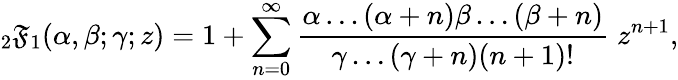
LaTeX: {}_{2}\mathfrak{F}_{1}(\alpha,\beta;\gamma;z)=1+\sum_{n=0}^{\infty}\frac{{\alpha\dots(\alpha+n)\beta\dots(\beta+n)}}{{\gamma\dots(\gamma+n)(n+1)!}}\; z^{n+1},